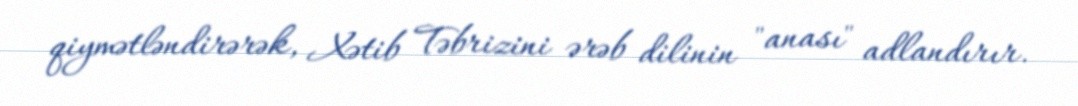
qiymətləndirərək, Xətib Təbrizini ərəb dilinin "anası" adlandırır.